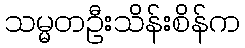
သမ္မတဦးသိန်းစိန်က